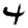
Digit: 4